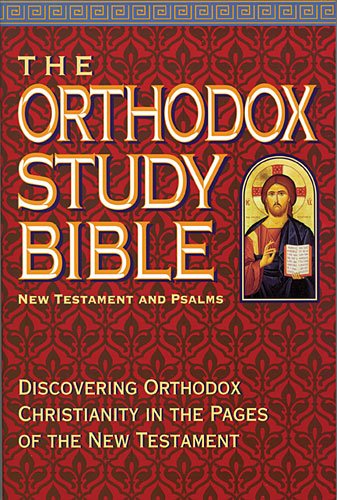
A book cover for The Orthodox Study Bible: New Testament & Psalms; Christian Books & Bibles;